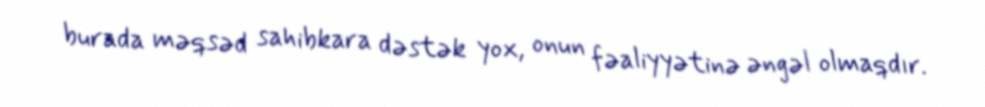
burada məqsəd sahibkara dəstək yox, onun fəaliyyətinə əngəl olmaqdır.